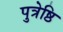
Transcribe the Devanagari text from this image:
पुत्रेष्ठि